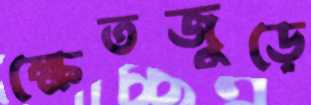
ক্ষেতজুড়ে